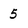
Character: 5